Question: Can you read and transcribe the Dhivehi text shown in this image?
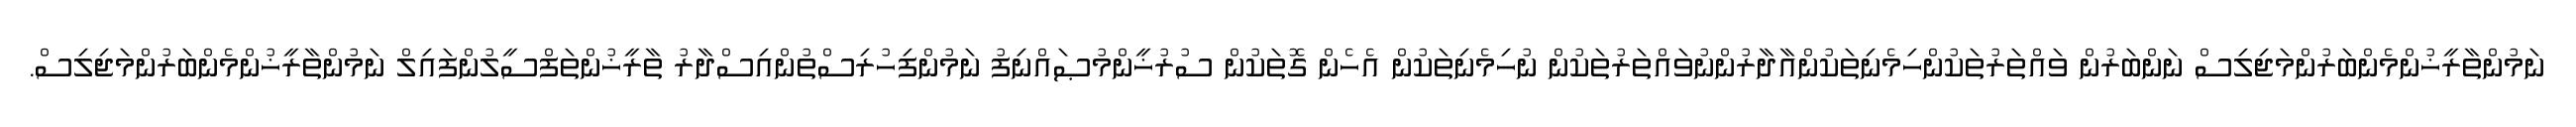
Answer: ނަމުންތާރީޚުންމެންބަރުންމަޖިލިސް ނަންބަރުން ވައްތަރުތަކުންހިމެނިތަކުންއާދާރުންނުވައްތަރުތަކުން ނުހިމެނިތަކުން އެހެން ގޮތަކުން ސުރުޚީންމުޞައްނިފު ނަމުންފިހުރިސްތުންއިސްދާރު ތާރީޚުންތަފްސީލުންފައިލް ނަމުންތާރީޚުންމެންބަރުންމަޖިލިސް.